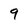
Character: 9